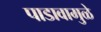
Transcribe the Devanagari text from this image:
पाडावामुळे